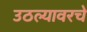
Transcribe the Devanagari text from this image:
उठल्यावरचे